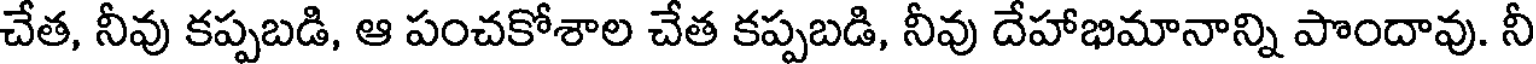
చేత, నీవు కప్పబడి, ఆ పంచకోశాల చేత కప్పబడి, నీవు దేహాభిమానాన్ని పొందావు. నీ